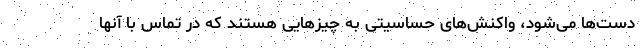
دست‌ها می‌شود، واکنش‌های حساسیتی به چیزهایی هستند که در تماس با آنها